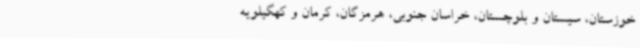
خوزستان، سیستان و بلوچستان، خراسان جنوبی، هرمزگان، کرمان و کهگیلویه